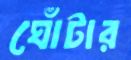
ঘোঁটার